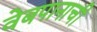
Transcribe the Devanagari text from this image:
वेबपानाची